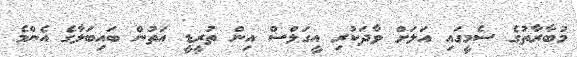
މުބާރާތުގެ ސެމީގައި އަލަށް ވާދަކުރި އީގަލްސް އިން ތުރީޑީ އަތުން ބައިބަލާގެ އެންމެ